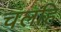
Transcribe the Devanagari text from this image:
चलहि